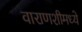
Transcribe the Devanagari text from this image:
वाराणशीमध्ये